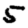
Digit: 5